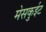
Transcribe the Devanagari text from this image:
मेसकुईट